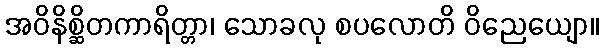
အဝိနိစ္ဆိတကာရိတ္တာ၊ သောခလု စပလောတိ ဝိညေယျော။